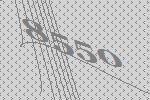
8550